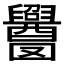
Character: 𬜁